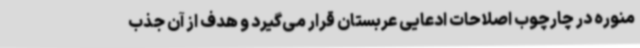
منوره در چارچوب اصلاحات ادعایی عربستان قرار می‌گیرد و هدف از آن جذب